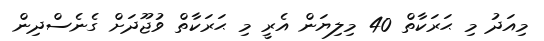
މިއަދު މި ޙަރަކާތް 40 މިލިޔަން އެރީ މި ޙަރަކާތް ވުޖޫދަށް ގެނެސްދިން